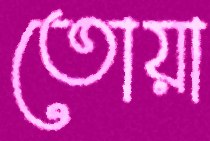
তোয়া